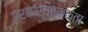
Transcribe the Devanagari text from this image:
प्रकार्यत्मकता